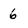
Character: 6